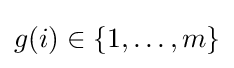
{\textstyle g(i)\in \{1,\dots ,m\}}